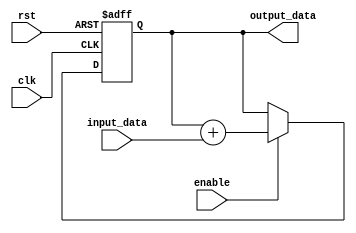
module DSP_Accumulator (
  input wire clk,
  input wire rst,
  input wire enable,
  input wire [7:0] input_data,
  output reg [15:0] output_data
);

  reg [15:0] accumulator;

  always @(posedge clk or posedge rst) begin
    if (rst) begin
      accumulator <= 16'b0;
    end
    else begin
      if (enable) begin
        accumulator <= accumulator + input_data;
      end
    end
  end

  assign output_data = accumulator;

endmodule